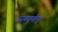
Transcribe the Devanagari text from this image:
सम्पूर्णम्।